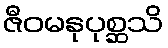
ဇီဝမနုပုစ္ဆသိ